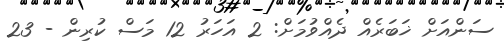
ސަންއަށް ޚަބަރެއް ދެއްވުމަށް: 2 އަހަރު 12 މަސް ކުރިން - 23